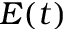
E ( t )